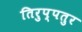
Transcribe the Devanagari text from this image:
तिरुप्पतुर